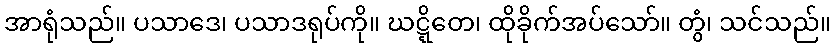
အာရုံသည်။ ပသာဒေ၊ ပသာဒရုပ်ကို။ ဃဋ္ဋိတေ၊ ထိုခိုက်အပ်သော်။ တွံ၊ သင်သည်။